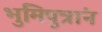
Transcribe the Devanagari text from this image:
भुमिपुत्रांन